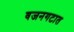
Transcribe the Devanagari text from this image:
वजनगटात